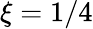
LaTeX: \xi=1/4